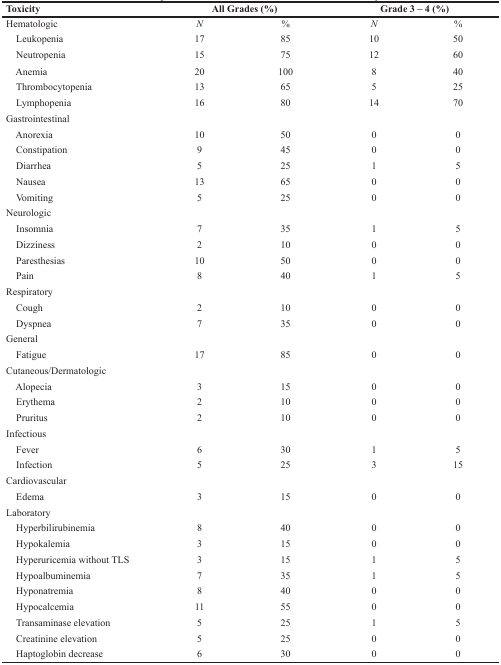
| Toxicity | <COLSPAN=2> All Grades (%) | <COLSPAN=2> Grade 3 – 4 (%) |
 | --- | --- | --- | --- | --- |
 | Hematologic | N | % | N | % |
 | Leukopenia | 17 | 85 | 10 | 50 |
 | Neutropenia | 15 | 75 | 12 | 60 |
 | Anemia | 20 | 100 | 8 | 40 |
 | Thrombocytopenia | 13 | 65 | 5 | 25 |
 | Lymphopenia | 16 | 80 | 14 | 70 |
 | Gastrointestinal |  |  |  |  |
 | Anorexia | 10 | 50 | 0 | 0 |
 | Constipation | 9 | 45 | 0 | 0 |
 | Diarrhea | 5 | 25 | 1 | 5 |
 | Nausea | 13 | 65 | 0 | 0 |
 | Vomiting | 5 | 25 | 0 | 0 |
 | Neurologic |  |  |  |  |
 | Insomnia | 7 | 35 | 1 | 5 |
 | Dizziness | 2 | 10 | 0 | 0 |
 | Paresthesias | 10 | 50 | 0 | 0 |
 | Pain | 8 | 40 | 1 | 5 |
 | Respiratory |  |  |  |  |
 | Cough | 2 | 10 | 0 | 0 |
 | Dyspnea | 7 | 35 | 0 | 0 |
 | General |  |  |  |  |
 | Fatigue | 17 | 85 | 0 | 0 |
 | Cutaneous/Dermatologic |  |  |  |  |
 | Alopecia | 3 | 15 | 0 | 0 |
 | Erythema | 2 | 10 | 0 | 0 |
 | Pruritus | 2 | 10 | 0 | 0 |
 | Infectious |  |  |  |  |
 | Fever | 6 | 30 | 1 | 5 |
 | Infection | 5 | 25 | 3 | 15 |
 | Cardiovascular |  |  |  |  |
 | Edema | 3 | 15 | 0 | 0 |
 | Laboratory |  |  |  |  |
 | Hyperbilirubinemia | 8 | 40 | 0 | 0 |
 | Hypokalemia | 3 | 15 | 0 | 0 |
 | Hyperuricemia without TLS | 3 | 15 | 1 | 5 |
 | Hypoalbuminemia | 7 | 35 | 1 | 5 |
 | Hyponatremia | 8 | 40 | 0 | 0 |
 | Hypocalcemia | 11 | 55 | 0 | 0 |
 | Transaminase elevation | 5 | 25 | 1 | 5 |
 | Creatinine elevation | 5 | 25 | 0 | 0 |
 | Haptoglobin decrease | 6 | 30 | 0 | 0 |